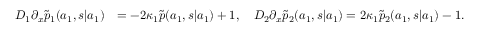
\begin{array} { r l } { D _ { 1 } \partial _ { x } \widetilde { p } _ { 1 } ( a _ { 1 } , s | a _ { 1 } ) } & { = - 2 \kappa _ { 1 } \widetilde { p } ( a _ { 1 } , s | a _ { 1 } ) + 1 , \quad D _ { 2 } \partial _ { x } \widetilde { p } _ { 2 } ( a _ { 1 } , s | a _ { 1 } ) = 2 \kappa _ { 1 } \widetilde { p } _ { 2 } ( a _ { 1 } , s | a _ { 1 } ) - 1 . } \end{array}